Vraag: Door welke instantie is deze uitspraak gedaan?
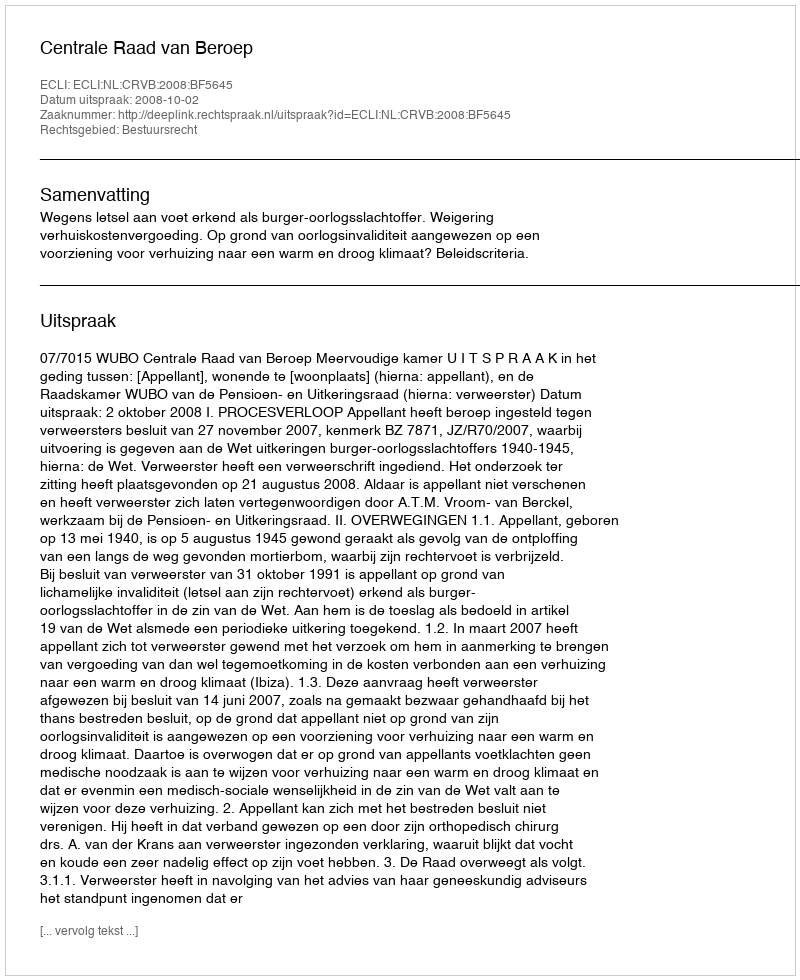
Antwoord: Centrale Raad van Beroep